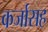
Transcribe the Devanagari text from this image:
कर्जासह